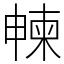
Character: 朄